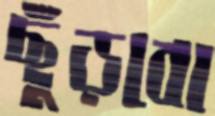
ছুঁড়বো